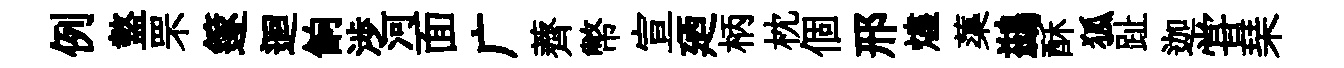
例盩罘篴迴餉渉河面广薺幣宣廼柄枕個邢燼蕖鷀酥狐趾迦甞琹